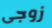
زوجى